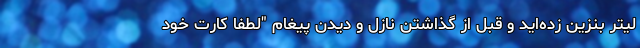
لیتر بنزین زده‌اید و قبل از گذاشتن نازل و دیدن پیغام "لطفا کارت خود